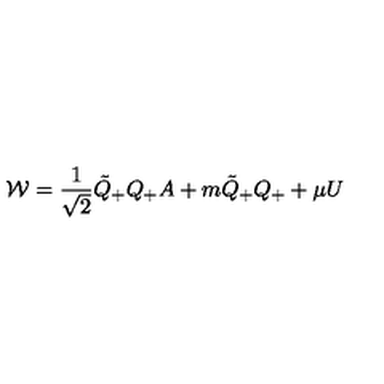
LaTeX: { \cal { W } } = \frac { 1 } { \sqrt { 2 } } \tilde { Q } _ { + } Q _ { + } A + m \tilde { Q } _ { + } Q _ { + } + \mu U